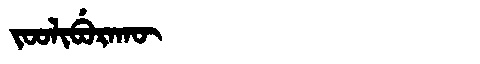
Manchu: ᠵᠣᠣᠯᡳᠪᡠᡵᠠᡴᡡ
Romanization: JOOLIBURAKŪ